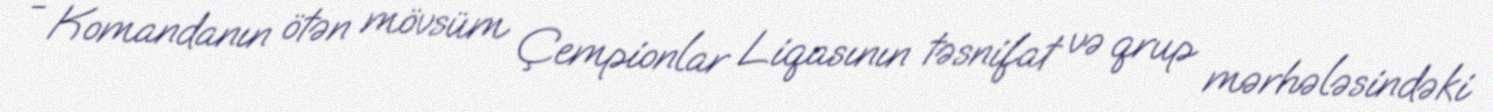
- Komandanın ötən mövsüm Çempionlar Liqasının təsnifat və qrup mərhələsindəki